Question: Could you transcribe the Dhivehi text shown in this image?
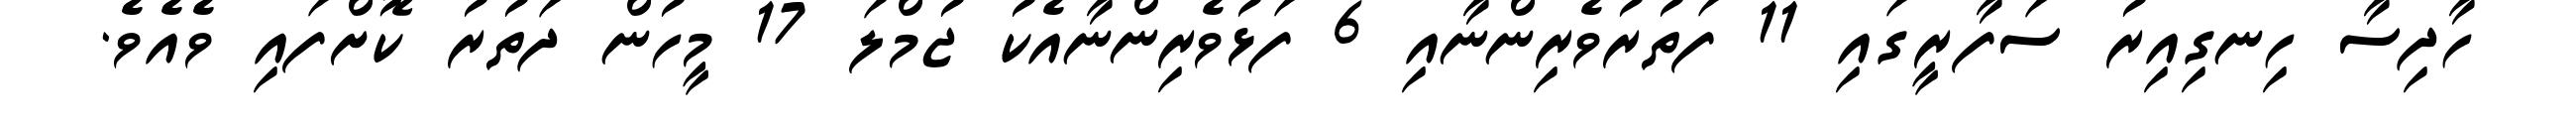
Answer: ހާދިސާ ހިނގިއިރު ސަފާރީގައި 11 ފަތުރުވެރިންނާއި 6 ފަޅުވެރިންނާއެކު ޖުމްލަ 17 މީހުން ދަތުރު ކޮށްފައި ވެއެވެ.